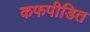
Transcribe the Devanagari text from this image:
कफपीडित